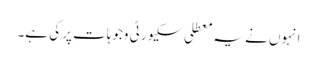
انہوں نے یہ معطلی سکیورٹی وجوہات پر کی ہے۔